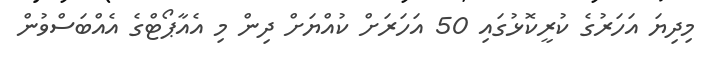
މިދިޔަ އަހަރުގެ ކުރީކޮޅުގައި 50 އަހަރަށް ކުއްޔަށް ދިން މި އެއާޕޯޓްގެ އެއްބަސްވުން